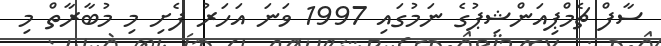
ސާފް ޗެމްޕިއަންޝިޕުގެ ނަމުގައި 1997 ވަނަ އަހަރު ފެށި މި މުބާރާތް މި